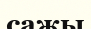
сажы